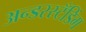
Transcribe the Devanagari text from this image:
अन्डरस्टँडिंग